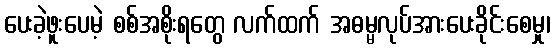
ပေးခဲ့ဖူးပေမဲ့ စစ်အစိုးရတွေ လက်ထက် အဓမ္မလုပ်အားပေးခိုင်းစေမှု၊